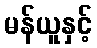
မန်ယူနှင့်